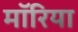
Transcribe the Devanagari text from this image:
मॉरिया